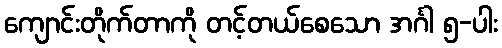
ကျောင်းတိုက်တာကို တင့်တယ်စေသော အင်္ဂါ ၅-ပါး